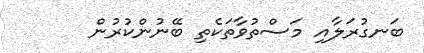
ބަނގުރަލާއި މަސްތުވާތަކެތި ބޭނުންކުރުން